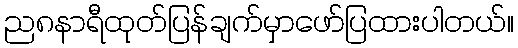
ည၈နာရီထုတ်ပြန်ချက်မှာဖော်ပြထားပါတယ်။